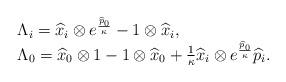
LaTeX: \begin{align*}\begin{array}{l}\Lambda_{i} =\widehat{x}_{i}\otimes e^{\frac{\widehat{p}_{0}}{\kappa}}-1\otimes\widehat{x}_{i}, \\\Lambda_{0} =\widehat{x}_{0}\otimes1-1\otimes\widehat{x}_{0}+\frac{1}{\kappa}\widehat{x}_{i}\otimes e^{\frac{\widehat{p}_{0}}{\kappa}}\widehat{p}_{i}.\end{array}\end{align*}